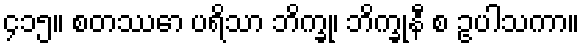
၄၁၅။ စတဿော ပရိသာ ဘိက္ခု၊ ဘိက္ခုနီ စ ဥပါသကာ။